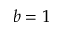
b = 1